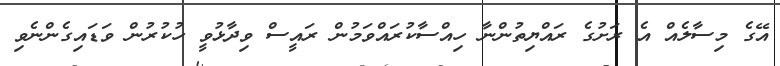
އޭގެ މިސާލެއް އެ ރަށުގެ ރައްޔިތުންނާ ހިއްސާކުރައްވަމުން ރައީސް ވިދާޅުވީ ހުކުރުން ވަޑައިގެންނެވި